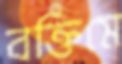
বক্তিমে